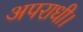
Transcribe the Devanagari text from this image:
अपराधी।